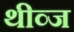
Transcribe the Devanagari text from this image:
थीव्ज